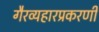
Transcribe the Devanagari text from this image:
गैरव्यहारप्रकरणी